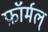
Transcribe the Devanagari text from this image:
फ़ॉर्मल्